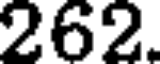
262.